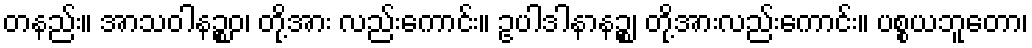
တနည်း။ အာသဝါနဉ္စဝ၊ တို့အား လည်းကောင်း။ ဥပါဒါနာနဉ္စ၊ တို့အားလည်းကောင်း။ ပစ္စယဘူတော၊